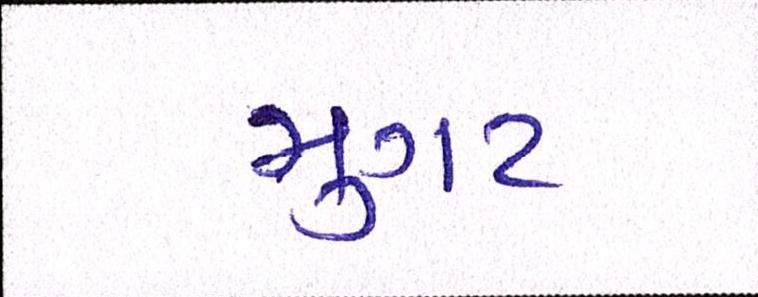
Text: મુગટ